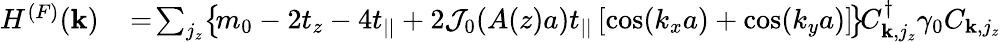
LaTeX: \begin{array}{rl}{H^{(F)}({\mathbf k})}&{{}\! =\! \sum_{j_{z}}\! \left\{ \! m_{0}-2t_{z}-4t_{||}+2{\cal J}_{0}(A(z)a)t_{||}\left[\cos(k_{x}a)+\cos(k_{y}a)\right]\! \right\} \! C_{{\mathbf k},j_{z}}^{\dagger}\gamma_{0}C_{{\mathbf k},j_{z}}}\end{array}